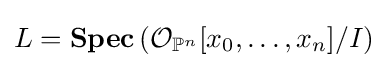
L=\mathbf {Spec} \left({\mathcal {O}}_{\mathbb {P} ^{n}}[x_{0},\dots ,x_{n}]/I\right)